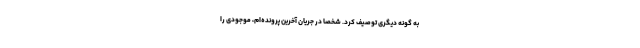
به گونه دیگری توصیف کرد. شخصاً در جریان آخرین پرونده‌ام، موجودی را